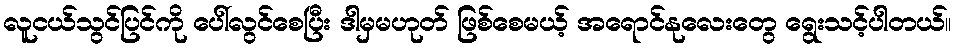
လူငယ်သွင်ပြင်ကို ပေါ်လွင်စေပြီး ဒါမှမဟုတ် ဖြစ်စေမယ့် အရောင်နုလေးတွေ ရွေးသင့်ပါတယ်။